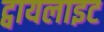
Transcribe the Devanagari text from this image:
ट्वायलाइट